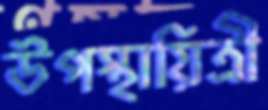
উপস্থায়িত্রী